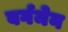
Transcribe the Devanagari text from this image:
बर्गमेन